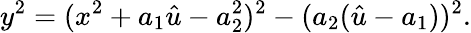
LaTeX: y^{2}=(x^{2}+a_{1}\hat{u}-a_{2}^{2})^{2}-(a_{2}(\hat{u}-a_{1}))^{2}.